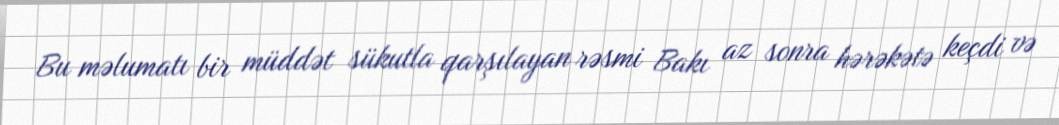
Bu məlumatı bir müddət sükutla qarşılayan rəsmi Bakı az sonra hərəkətə keçdi və